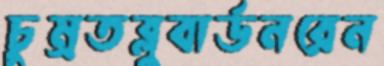
চুম্‌রতব্লুবার্ডনরেন